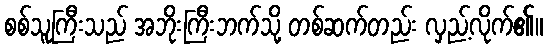
စစ်သူကြီးသည် အဘိုးကြီးဘက်သို့ တစ်ဆက်တည်း လှည့်လိုက်၏။